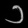
Digit: ၁